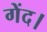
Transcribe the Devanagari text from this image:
गेंद।